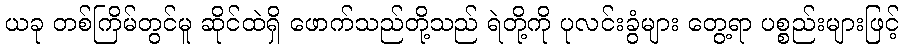
ယခု တစ်ကြိမ်တွင်မူ ဆိုင်ထဲရှိ ဖောက်သည်တို့သည် ရဲတို့ကို ပုလင်းခွံများ တွေ့ရာ ပစ္စည်းများဖြင့်